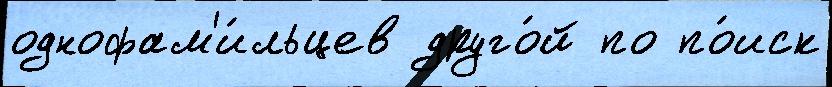
однофам'и́льцев друго́й по по́иск